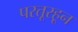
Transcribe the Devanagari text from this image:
परतूरहून